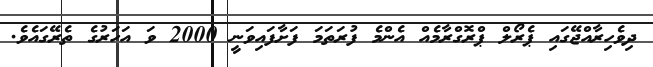
ދިވެހިރާއްޖޭގައި ޕެރޯލް ޕްރޮގްރާމެއް އެންމެ ފުރަތަމަ ފަށާފައިވަނީ 2000 ވަ އަހަރުގެ ތެރޭގައެވެ.